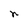
Character: n